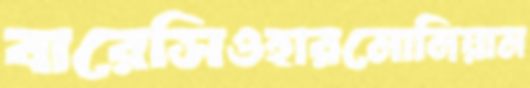
বারেসিওহারমোনিয়াম